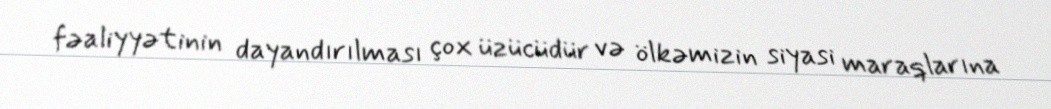
fəaliyyətinin dayandırılması çox üzücüdür və ölkəmizin siyasi maraqlarına